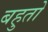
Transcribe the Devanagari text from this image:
बहुतो